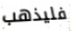
فليذهب